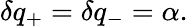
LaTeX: \delta q_{+}=\delta q_{-}=\alpha.